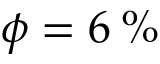
\phi = 6 \: \%